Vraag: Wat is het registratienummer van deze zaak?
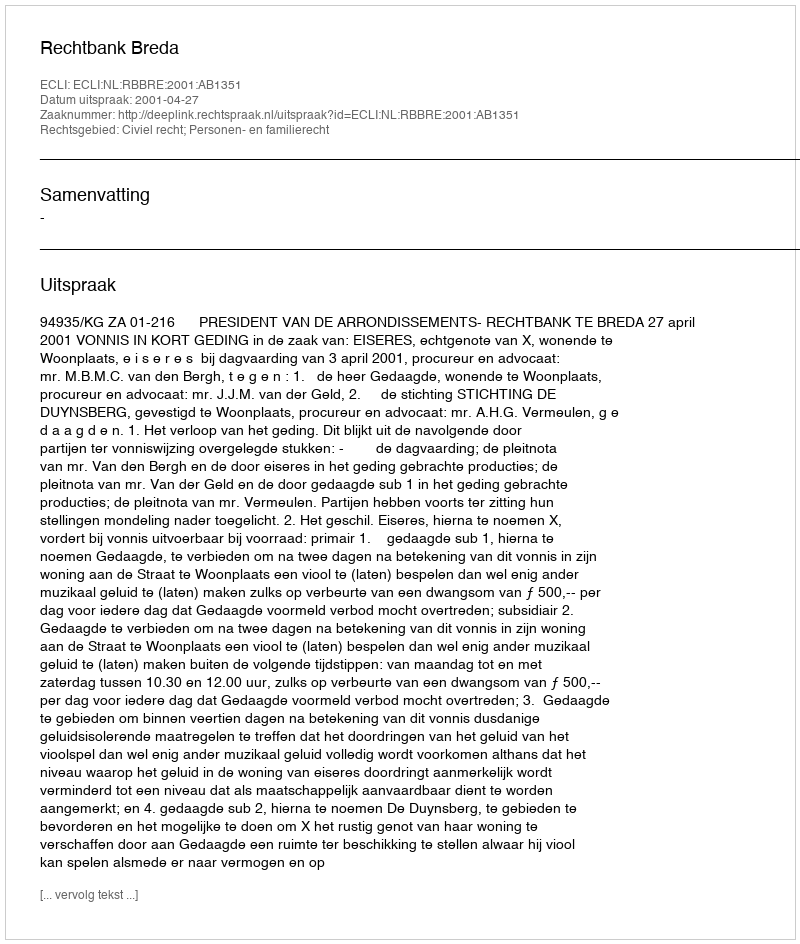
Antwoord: http://deeplink.rechtspraak.nl/uitspraak?id=ECLI:NL:RBBRE:2001:AB1351